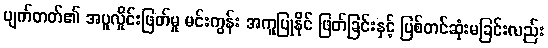
ပျက်တတ်၏ အပူလှိုင်းဖြတ်မှု မင်းကွန်း အကူပြုနိုင် ဖြတ်ခြင်းနှင့် ပြစ်တင်ဆုံးမခြင်းလည်း